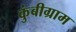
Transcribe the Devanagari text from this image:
कुंबीग्राम